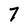
Character: 7